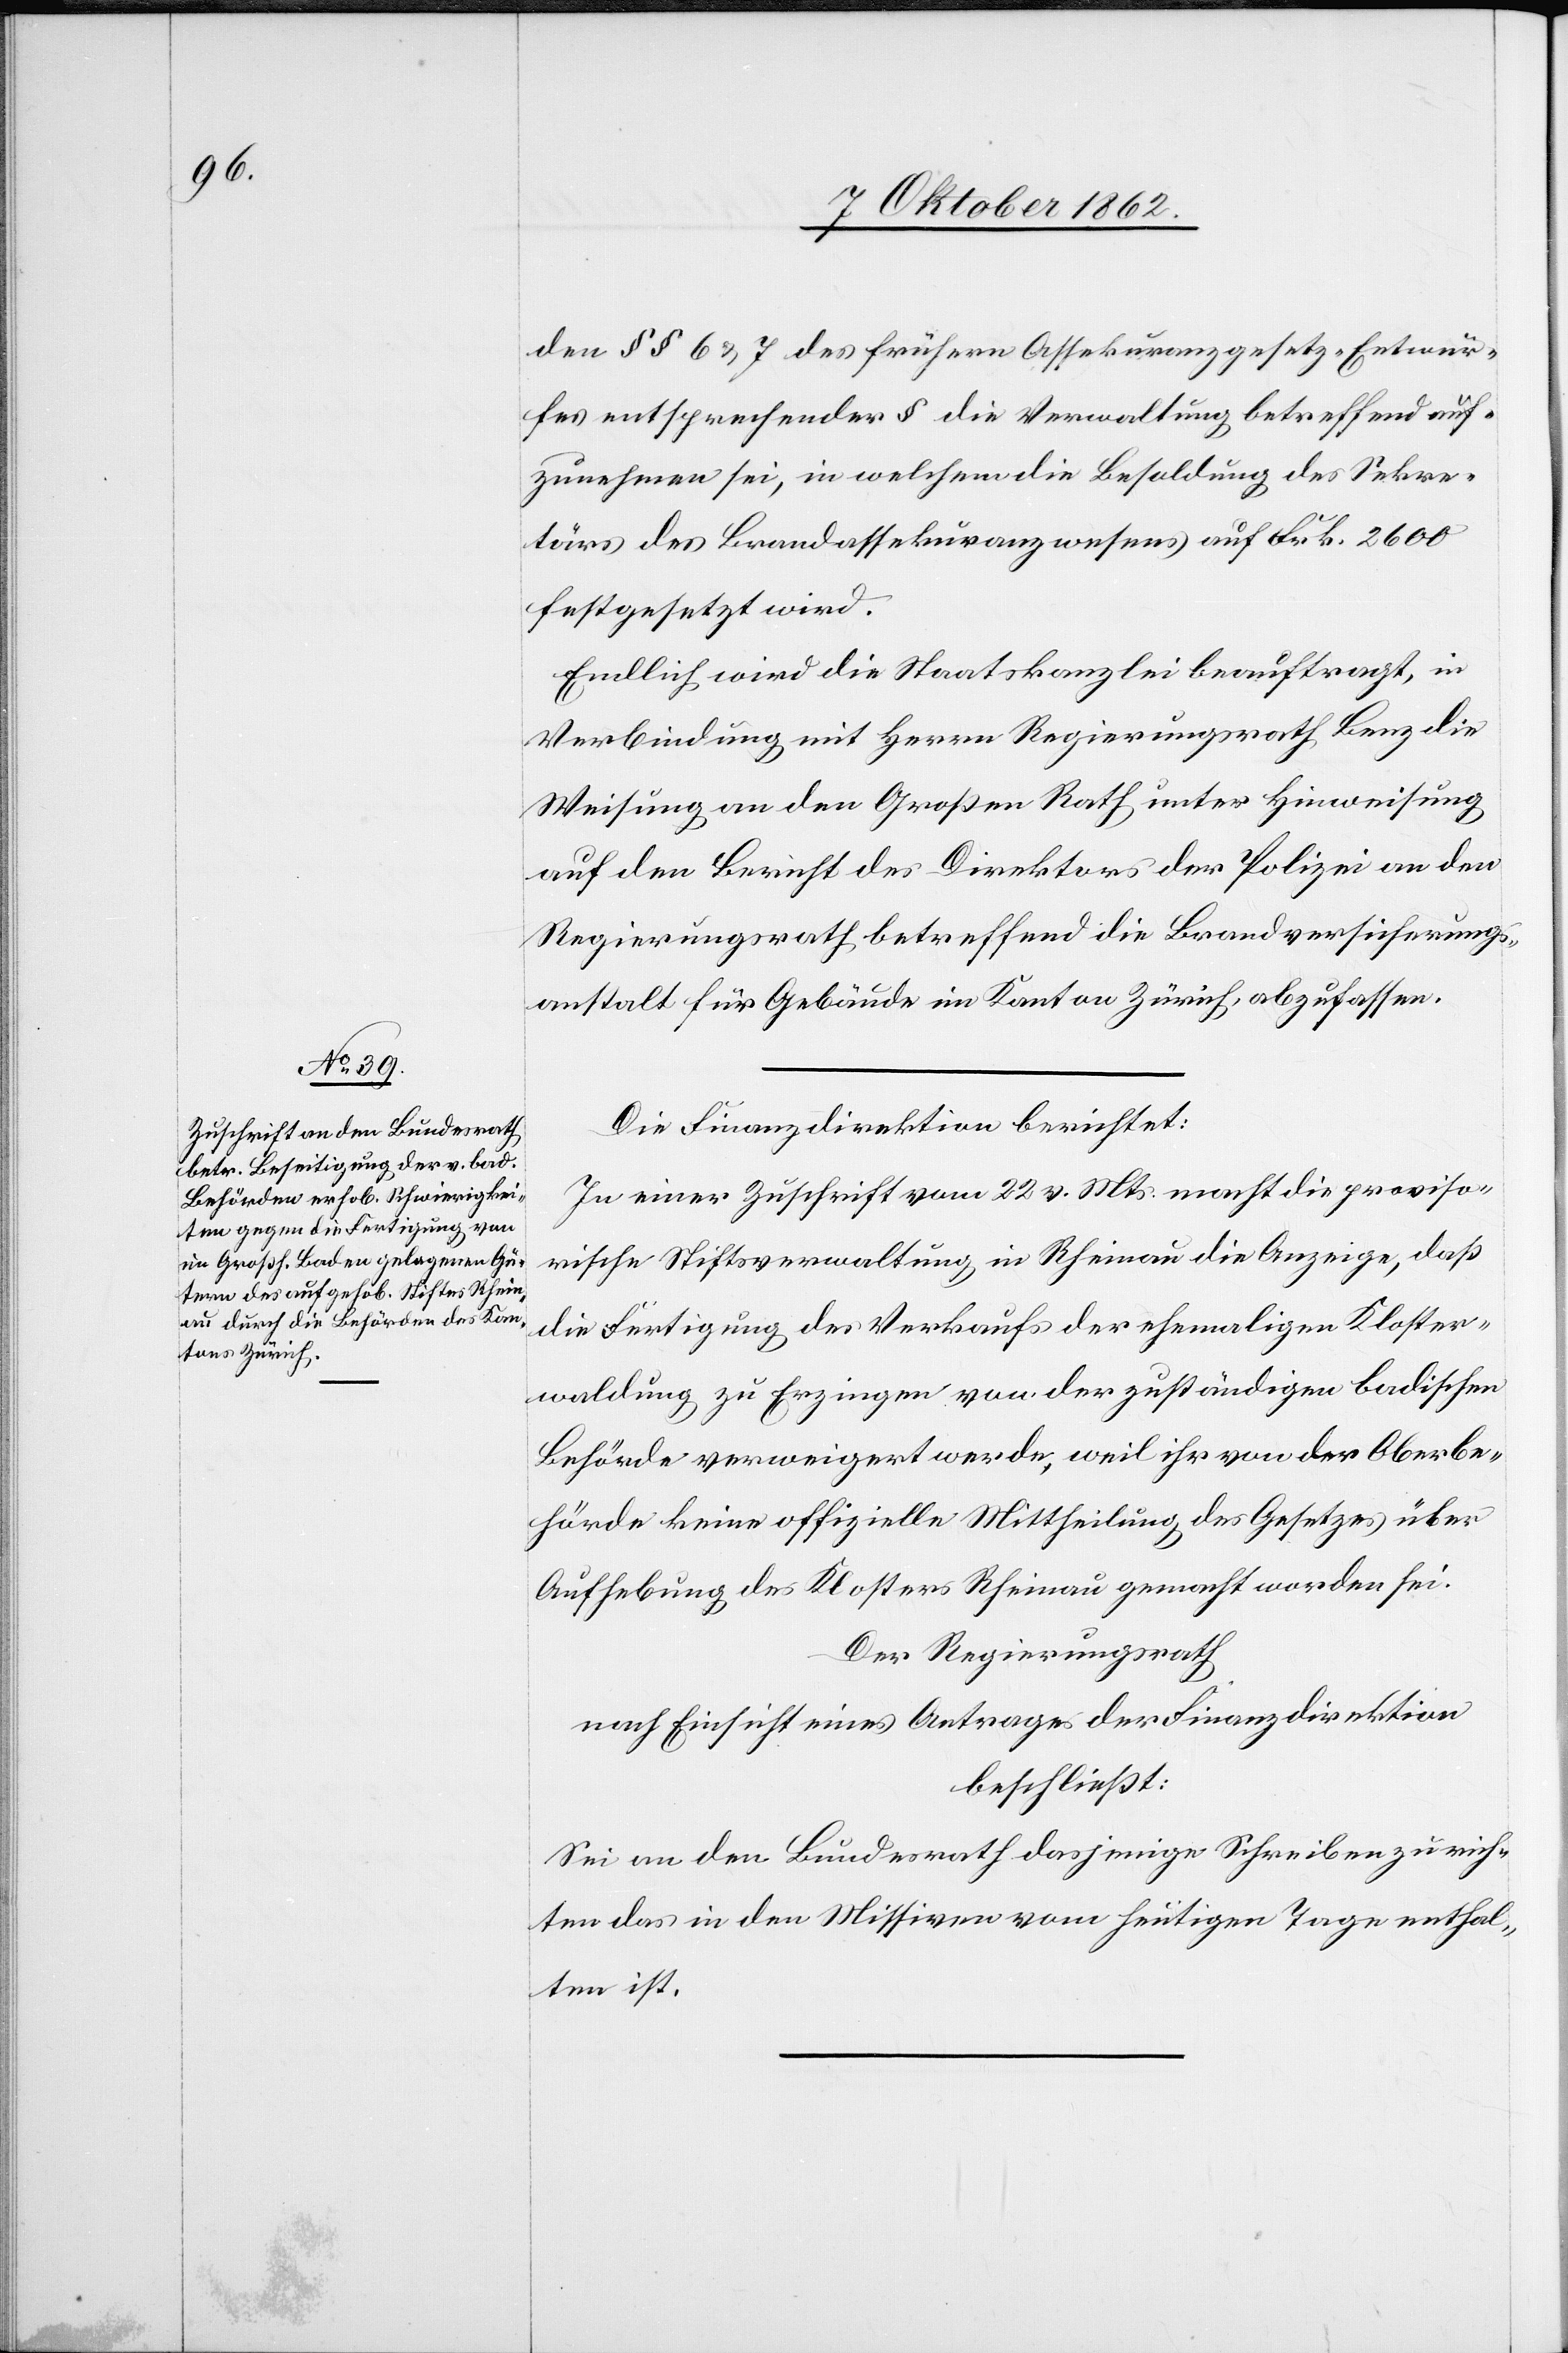
den §§ 6 u. 7 des frühern Assekuranzgesetz-Entwur¬
fes entsprechender § die Verwaltung betreffend auf¬
zunehmen sei, in welchem die Besoldung des Sekre¬
tärs des Brandassekuranzwesens auf Frk. 2600
festgesetzt wird.
Endlich wird die Staatskanzlei beauftragt, in
Verbindung mit Herrn Regierungsrath Benz die
Weisung an den Großen Rath unter Hinweisung
auf den Bericht des Direktors der Polizei an den
Regierungsrath betreffend die Brandversicherungs¬
anstalt für Gebäude im Kanton Zürich, abzufassen.
Die Finanzdirektion berichtet:
In einer Zuschrift vom 22. v. Mts. macht die proviso¬
rische Stiftsverwaltung in Rheinau die Anzeige, daß
die Fertigung des Verkaufs der ehemaligen Kloster¬
waldung zu Erzingen von der zuständigen badischen
Behörde verweigert werde, weil ihr von der Oberbe¬
hörde keine offizielle Mittheilung des Gesetzes über
Aufhebung des Klosters Rheinau gemacht worden sei.
Der Regierungsrath
nach Einsicht eines Antrages der Finanzdirektion
beschließt:
Sei an den Bundesrath dasjenige Schreiben zu rich¬
ten das in den Missiven vom heutigen Tage enthal¬
ten ist.